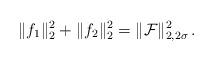
LaTeX: \begin{align*} \|f_1\|_2^2+\|f_2\|_2^2=\|{\cal F}\|_{2,2\sigma}^2\,.\end{align*}